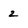
Character: 2